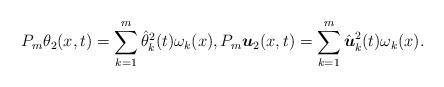
LaTeX: \begin{align*}P_m\theta_2(x,t) = \sum_{k=1}^{m} \hat{\theta}_{k}^2(t) \omega_k(x), P_m\boldsymbol u_2(x,t) = \sum_{k=1}^{m} \hat{\boldsymbol u}_{k}^2(t) \omega_k(x).\end{align*}